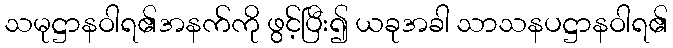
သမုဋ္ဌာနဝါရ၏အနက်ကို ဖွင့်ပြီး၍ ယခုအခါ သာသနပဋ္ဌာနဝါရ၏